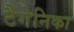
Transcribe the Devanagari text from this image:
टैगेनिका